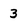
Character: 3